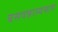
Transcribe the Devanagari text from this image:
बसवन्नास्वभाव